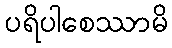
ပရိပါစေဿာမိ